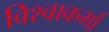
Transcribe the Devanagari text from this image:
विश्वाकर्मा